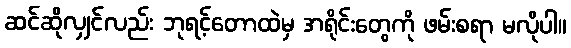
ဆင်ဆိုလျှင်လည်း ဘုရင့်တောထဲမှ အရိုင်းတွေကို ဖမ်းစရာ မလိုပါ။